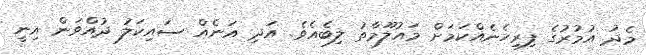
މެދު އުމުރުގެ ފިރިހެނެއްކަމަށް މައުލޫމާތު ލިބެއެވެ. އަދި އަނެއް ސައިކަލު ދުއްވަން އިނީ